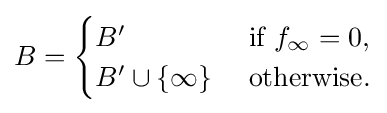
B={\begin{cases}B'&{\text{ if }}f_{\infty }=0,\\B'\cup \{\infty \}&{\text{ otherwise.}}\end{cases}}